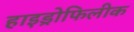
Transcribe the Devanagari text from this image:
हाइड्रोफिलीक